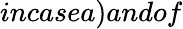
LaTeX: incasea)andof